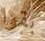
بقوا